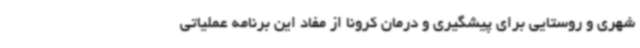
شهری و روستایی برای پیشگیری و درمان کرونا از مفاد این برنامه عملیاتی